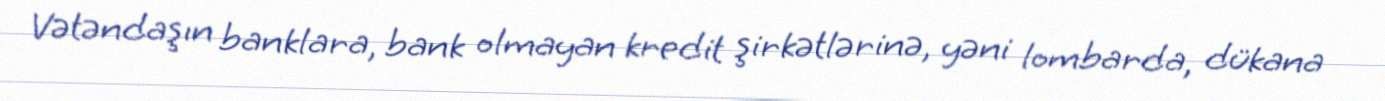
Vətəndaşın banklara, bank olmayan kredit şirkətlərinə, yəni lombarda, dükana